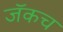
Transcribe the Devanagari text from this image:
जॅकच